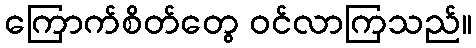
ကြောက်စိတ်တွေ ဝင်လာကြသည်။